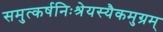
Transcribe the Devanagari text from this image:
समुत्कर्षनिःश्रेयस्यैकमुग्रम्‌